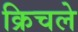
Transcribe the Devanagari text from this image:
क्रिचले